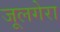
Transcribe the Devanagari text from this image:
जूलगेरा